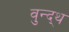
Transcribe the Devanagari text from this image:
वुन्द्थ